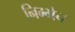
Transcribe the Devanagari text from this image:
निम्मेच